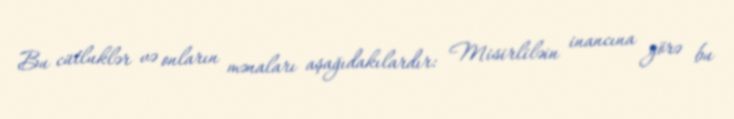
Bu cütluklər və onların mənaları aşağıdakılardır: Misirliləin inancına görə bu